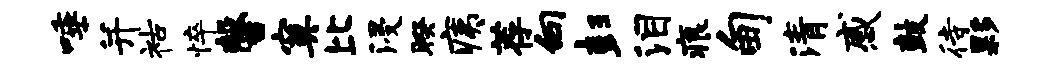
唾并祜悴馨寞比浸暌痍荐向彭泪痕甸清感鼓待夥